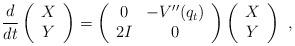
LaTeX: \begin{align*}\frac{d}{dt}\left(\begin{array}{ccc}X \\Y \end{array}\right)=\left(\begin{array}{ccc}0 & -V''(q_t) \\2I & 0 \end{array}\right)\left(\begin{array}{ccc}X \\Y \end{array}\right) \ ,\end{align*}